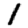
Digit: 1